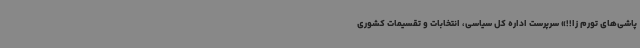
پاشی‌های تورم زا!!» سرپرست اداره کل سیاسی، انتخابات و تقسیمات کشوری